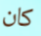
كان